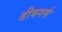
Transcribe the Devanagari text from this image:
डीबगर्स